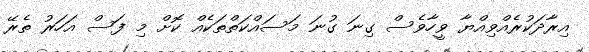
އިރާދަކުރެއްވިއްޔާ ވީހާވެސް ގިނަ ގުނަ މަސައްކަތްތަކެއް ކޮށް މި ފަސް އަހަރު ތެރޭ